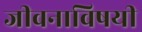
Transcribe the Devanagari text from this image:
जीवनाविषयी